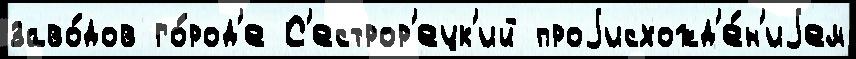
заво́дов го́род'е С'естрор'ецк'ий проjисхожд'е́н'иjем